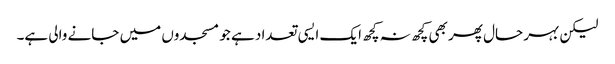
لیکن بہر حال پھر بھی کچھ نہ کچھ ایک ایسی تعداد ہے جو مسجدوں میں جانے والی ہے۔